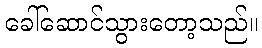
ခေါ်ဆောင်သွားတော့သည်။